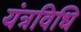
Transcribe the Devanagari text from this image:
यंत्रविधि